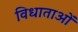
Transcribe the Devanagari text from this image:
विधाताओं